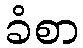
ခံစာ